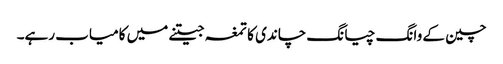
چین کے وانگ چیانگ چاندی کا تمغہ جیتنے میں کامیاب رہے۔